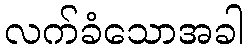
လက်ခံသောအခါ